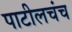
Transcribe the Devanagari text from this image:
पाटीलचंच